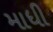
માધી